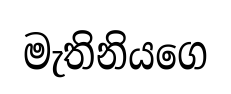
මැතිනියගෙ